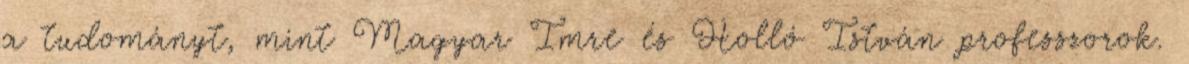
a tudományt, mint Magyar Imre és Holló István professzorok.